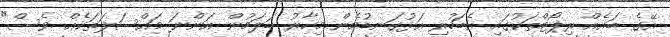
އޭގެ ބައެއް ރިޕޯޓްތަކުގައި އެބަހުރި އަޅުގަނޑުމެން މިހާރު ބަލަމުން އަންނަ މައްސަލަތަކެއް ވެސް"